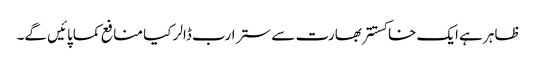
ظاہر ہے ایک خاکستتر بھارت سے ستر ارب ڈالر کیا منافع کماپائیں گے۔